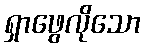
ရှာဖွေလိုသော